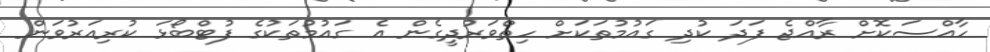
ހާއްސަކޮށް ރާއްޖެ ފަދަ ކުދި ގައުމުތަކަށް ހިތްވަރުދީގެން އެ ގައުމުތަކުގެ ފުޓްބޯޅަ ކުރިއަރުވަން